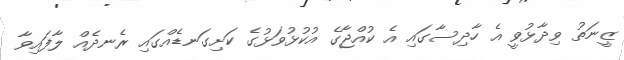
ޒީނަތު ވިދާޅުވީ އެ ހާދިސާގައި އެ ކުއްޖާގެ އުކުޅުވަޅުގެ ކަށިގަނޑެއްގައި ރެނދެއް ލާފައިވާ